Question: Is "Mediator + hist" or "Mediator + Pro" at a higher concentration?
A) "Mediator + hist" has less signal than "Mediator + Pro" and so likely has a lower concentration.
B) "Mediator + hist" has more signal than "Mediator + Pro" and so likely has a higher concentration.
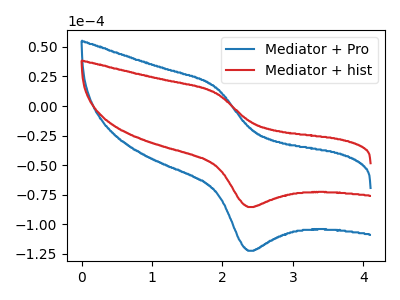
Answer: <think>The blue curve "Mediator + Pro" has an anodic peak at (1.90V, 15.60uA) and a cathodic peak at (2.35V, -122.55uA). The red curve "Mediator + hist" has an anodic peak at (1.90V, 10.90uA) and a cathodic peak at (2.35V, -85.50uA).
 All the peaks in "Mediator + hist" have a peak in "Mediator + Pro" at the same potential. Every peak in "Mediator + hist" is lower than every peak in "Mediator + Pro".</think>
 <answer>A) "Mediator + hist" has less signal than "Mediator + Pro" and so likely has a lower concentration.</answer>
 <eval>A</eval>